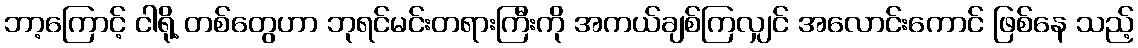
ဘာ့ကြောင့် ငါရို့ တစ်တွေဟာ ဘုရင်မင်းတရားကြီးကို အကယ်ချစ်ကြလျှင် အလောင်းကောင် ဖြစ်နေ သည့်